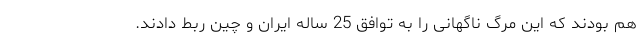
هم بودند که این مرگ ناگهانی را به توافق 25 ساله ایران و چین ربط دادند.